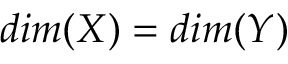
d i m ( X ) = d i m ( Y )